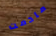
مادمت